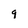
Character: 9